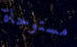
مستوحاة